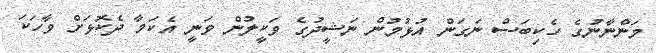
މަންނާނުގެ ހެކިބަސް ނަގަން އުޅުމުން ނަޝީދުގެ ވަކީލުން ވަނީ އެކަމާ ދެކޮޅަށް ވާހަކަ